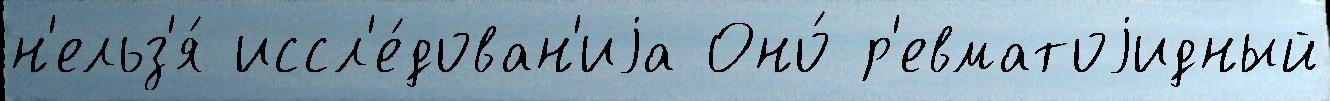
н'ельз'я́ иссл'е́дован'иjа Оно́ р'евматоjидный